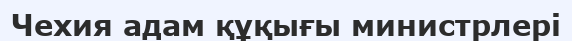
Чехия адам құқығы министрлері